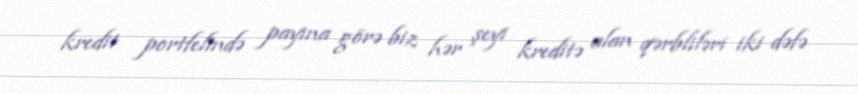
kredit portfelində payına görə biz hər şeyi kreditə alan qərbliləri iki dəfə